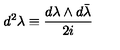
d ^ { 2 } \lambda \equiv \frac { d \lambda \wedge d \bar { \lambda } } { 2 i }